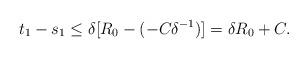
LaTeX: \begin{align*}t_{1}-s_{1}\leq \delta[R_{0}-(-C\delta^{-1})]=\delta R_{0}+C.\end{align*}